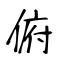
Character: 俯